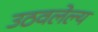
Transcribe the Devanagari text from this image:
उठवलेल्य